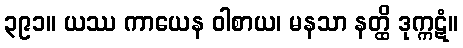
၃၉၁။ ယဿ ကာယေန ဝါစာယ၊ မနသာ နတ္ထိ ဒုက္ကဋံ။